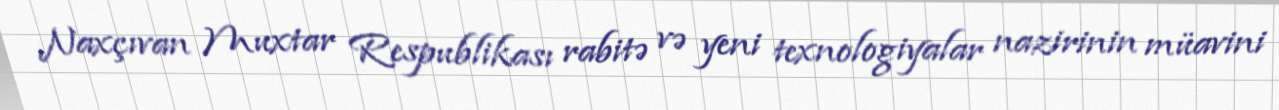
Naxçıvan Muxtar Respublikası rabitə və yeni texnologiyalar nazirinin müavini